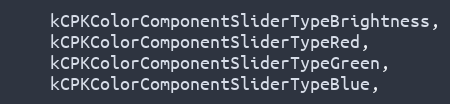
Language: C
    kCPKColorComponentSliderTypeBrightness,
    kCPKColorComponentSliderTypeRed,
    kCPKColorComponentSliderTypeGreen,
    kCPKColorComponentSliderTypeBlue,